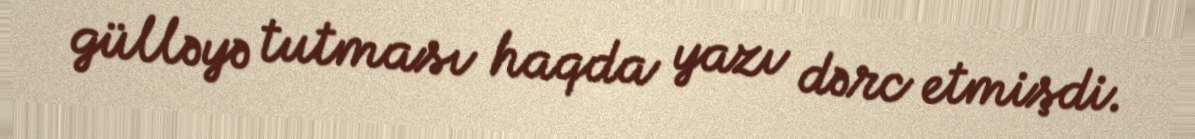
gülləyə tutması haqda yazı dərc etmişdi.